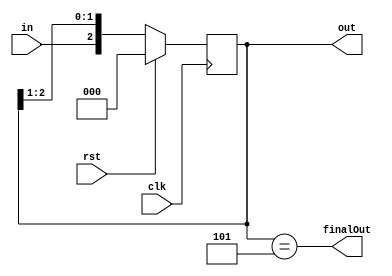
module shiftRegister(input clk, rst, in, output reg [2:0]out, output finalOut);
always@ (posedge clk)
begin 
if (rst)
out <=0;
else 
out<= {in, out[2], out[1]};
end 
assign finalOut = (out == 3'b101);
endmodule